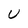
Character: U